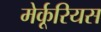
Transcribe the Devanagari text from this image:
मेर्कूरियस